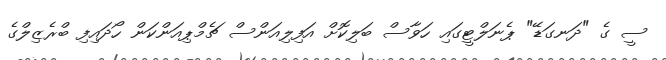
ސީ ގެ "ދަނގަޑޭ" ޕެނަލްޓީގައި ހަވާސް ބަލިކޮށް އަފިލިއަންސް ޗެމްޕިއަންކަން ހޯދައިފި ބްރެޒިލްގެ